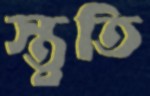
স্তুতি